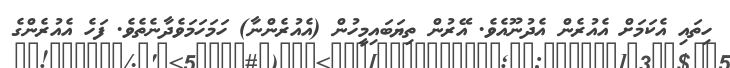
ހިތައި އެކަމަށް އެއުރެން އެދުނޫއެވެ. އޭރުން ތިޔަބައިމީހުން (އެއުރެންނާ) ހަމަހަމަވެދާނެތެވެ. ފަހެ އެއުރެންގެ